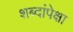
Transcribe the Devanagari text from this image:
शब्दांपेक्षा